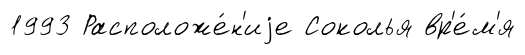
1993 Расположе́н'иjе Соколья вр'е́м'я